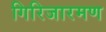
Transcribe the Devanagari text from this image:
गिरिजारमण